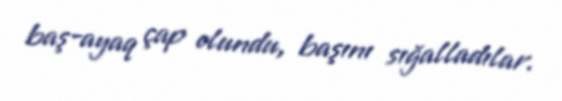
baş-ayaq çap olundu, başını sığalladılar.